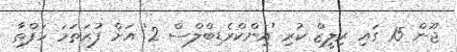
ޖޫން 15 ގައި ރިލީޒް ކުރި 'އިންކްރެޑިބްލްސް 2' އަށް ފުރަތަމަ ހަފްތާ